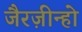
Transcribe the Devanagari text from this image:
जैरज़ीन्हो